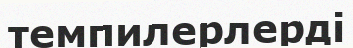
темпилерлерді